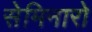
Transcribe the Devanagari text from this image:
सेमिनारो